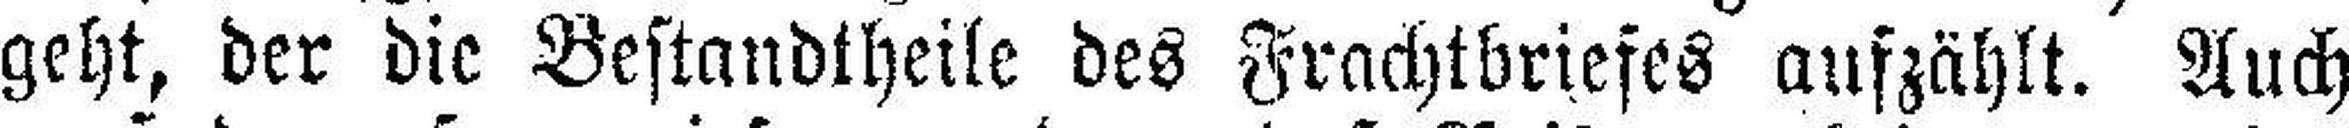
geht, der die Bestandtheile des Frachtbriefes aufzählt. Auch